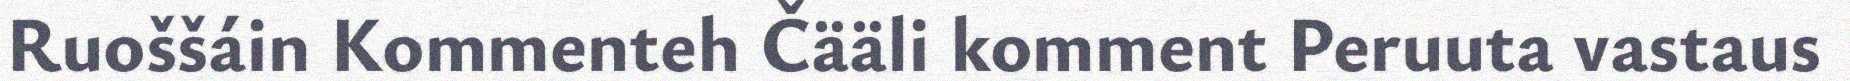
Ruoššáin Kommenteh Čääli komment Peruuta vastaus